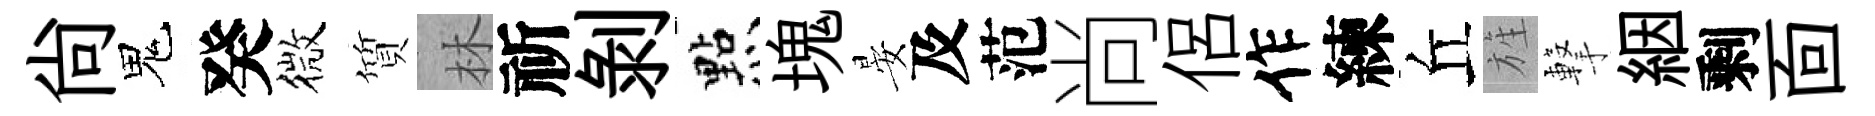
尙鬼癸微質林祈剝㸃塊晏及范尚侶作練丘旌撃絪剩靣